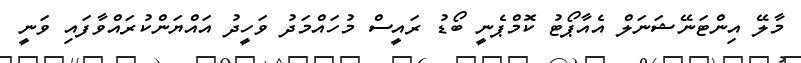
މާލޭ އިންޓަނޭޝަނަލް އެއާޕޯޓު ކޮމްޕެނީ ބޯޑު ރައީސް މުހައްމަދު ވަހީދު އައްޔަންކުރައްވާފައި ވަނީ